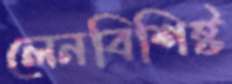
লেনবিশিষ্ট